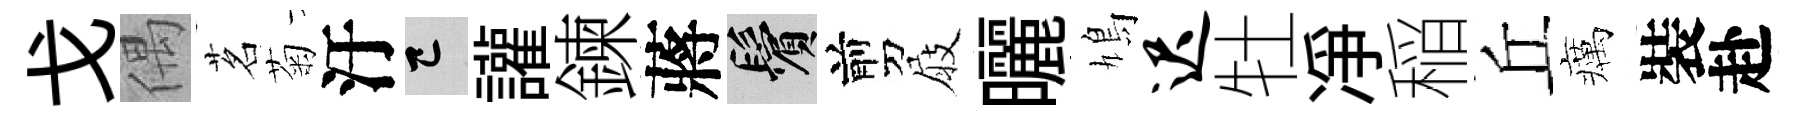
戈偶茗菊汙巳讙鍊蔣鬢剪屐曬鳩迟牡凈稲丘癘裝赴